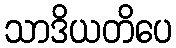
သာဒိယတိပေ